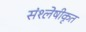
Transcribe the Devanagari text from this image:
संश्लेषीकृत